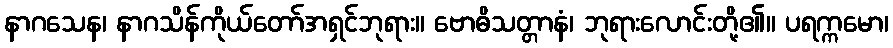
နာဂသေန၊ နာဂသိန်ကိုယ်တော်အရှင်ဘုရား။ ဗောဓိသတ္တာနံ၊ ဘုရားလောင်းတို့၏။ ပရက္ကမော၊